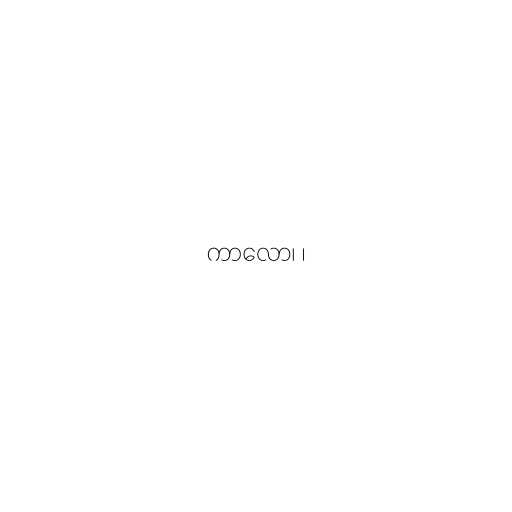
ကာလော၊ ၊